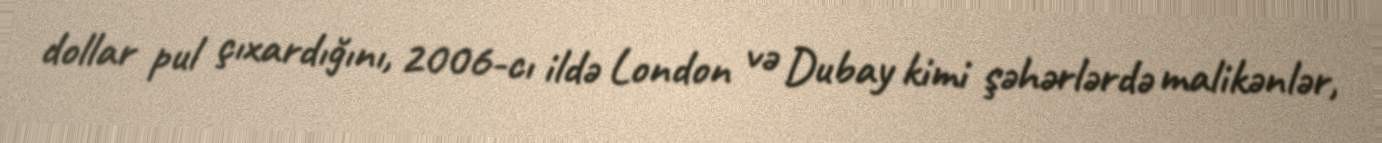
dollar pul çıxardığını, 2006-cı ildə London və Dubay kimi şəhərlərdə malikənlər,